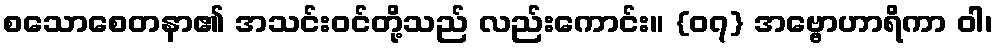
စသောစေတနာ၏ အသင်းဝင်တို့သည် လည်းကောင်း။ {၀၇} အဗ္ဗောဟာရိကာ ဝါ၊